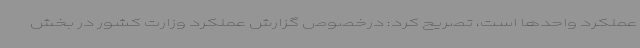
عملکرد واحدها است، تصریح کرد: درخصوص گزارش عملکرد وزارت کشور در بخش